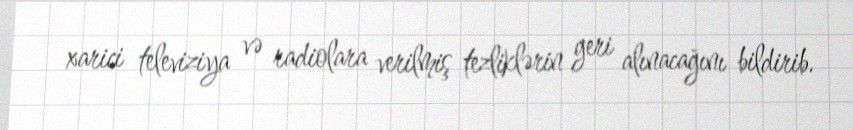
xarici televiziya və radiolara verilmiş tezliklərin geri alınacağını bildirib.